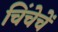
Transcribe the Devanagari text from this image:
चिंचेचें